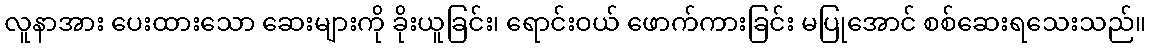
လူနာအား ပေးထားသော ဆေးများကို ခိုးယူခြင်း၊ ရောင်းဝယ် ဖောက်ကားခြင်း မပြုအောင် စစ်ဆေးရသေးသည်။